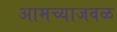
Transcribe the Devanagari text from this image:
आमच्याजवळ